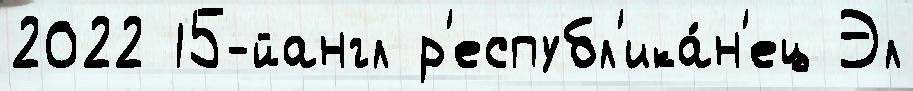
2022 15-йангл р'еспубл'ика́н'ец Эл